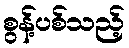
စွန့်ပစ်သည့်